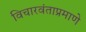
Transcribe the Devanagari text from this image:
विचारवंताप्रमाणे